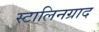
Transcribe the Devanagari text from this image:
स्टालिनग्राद